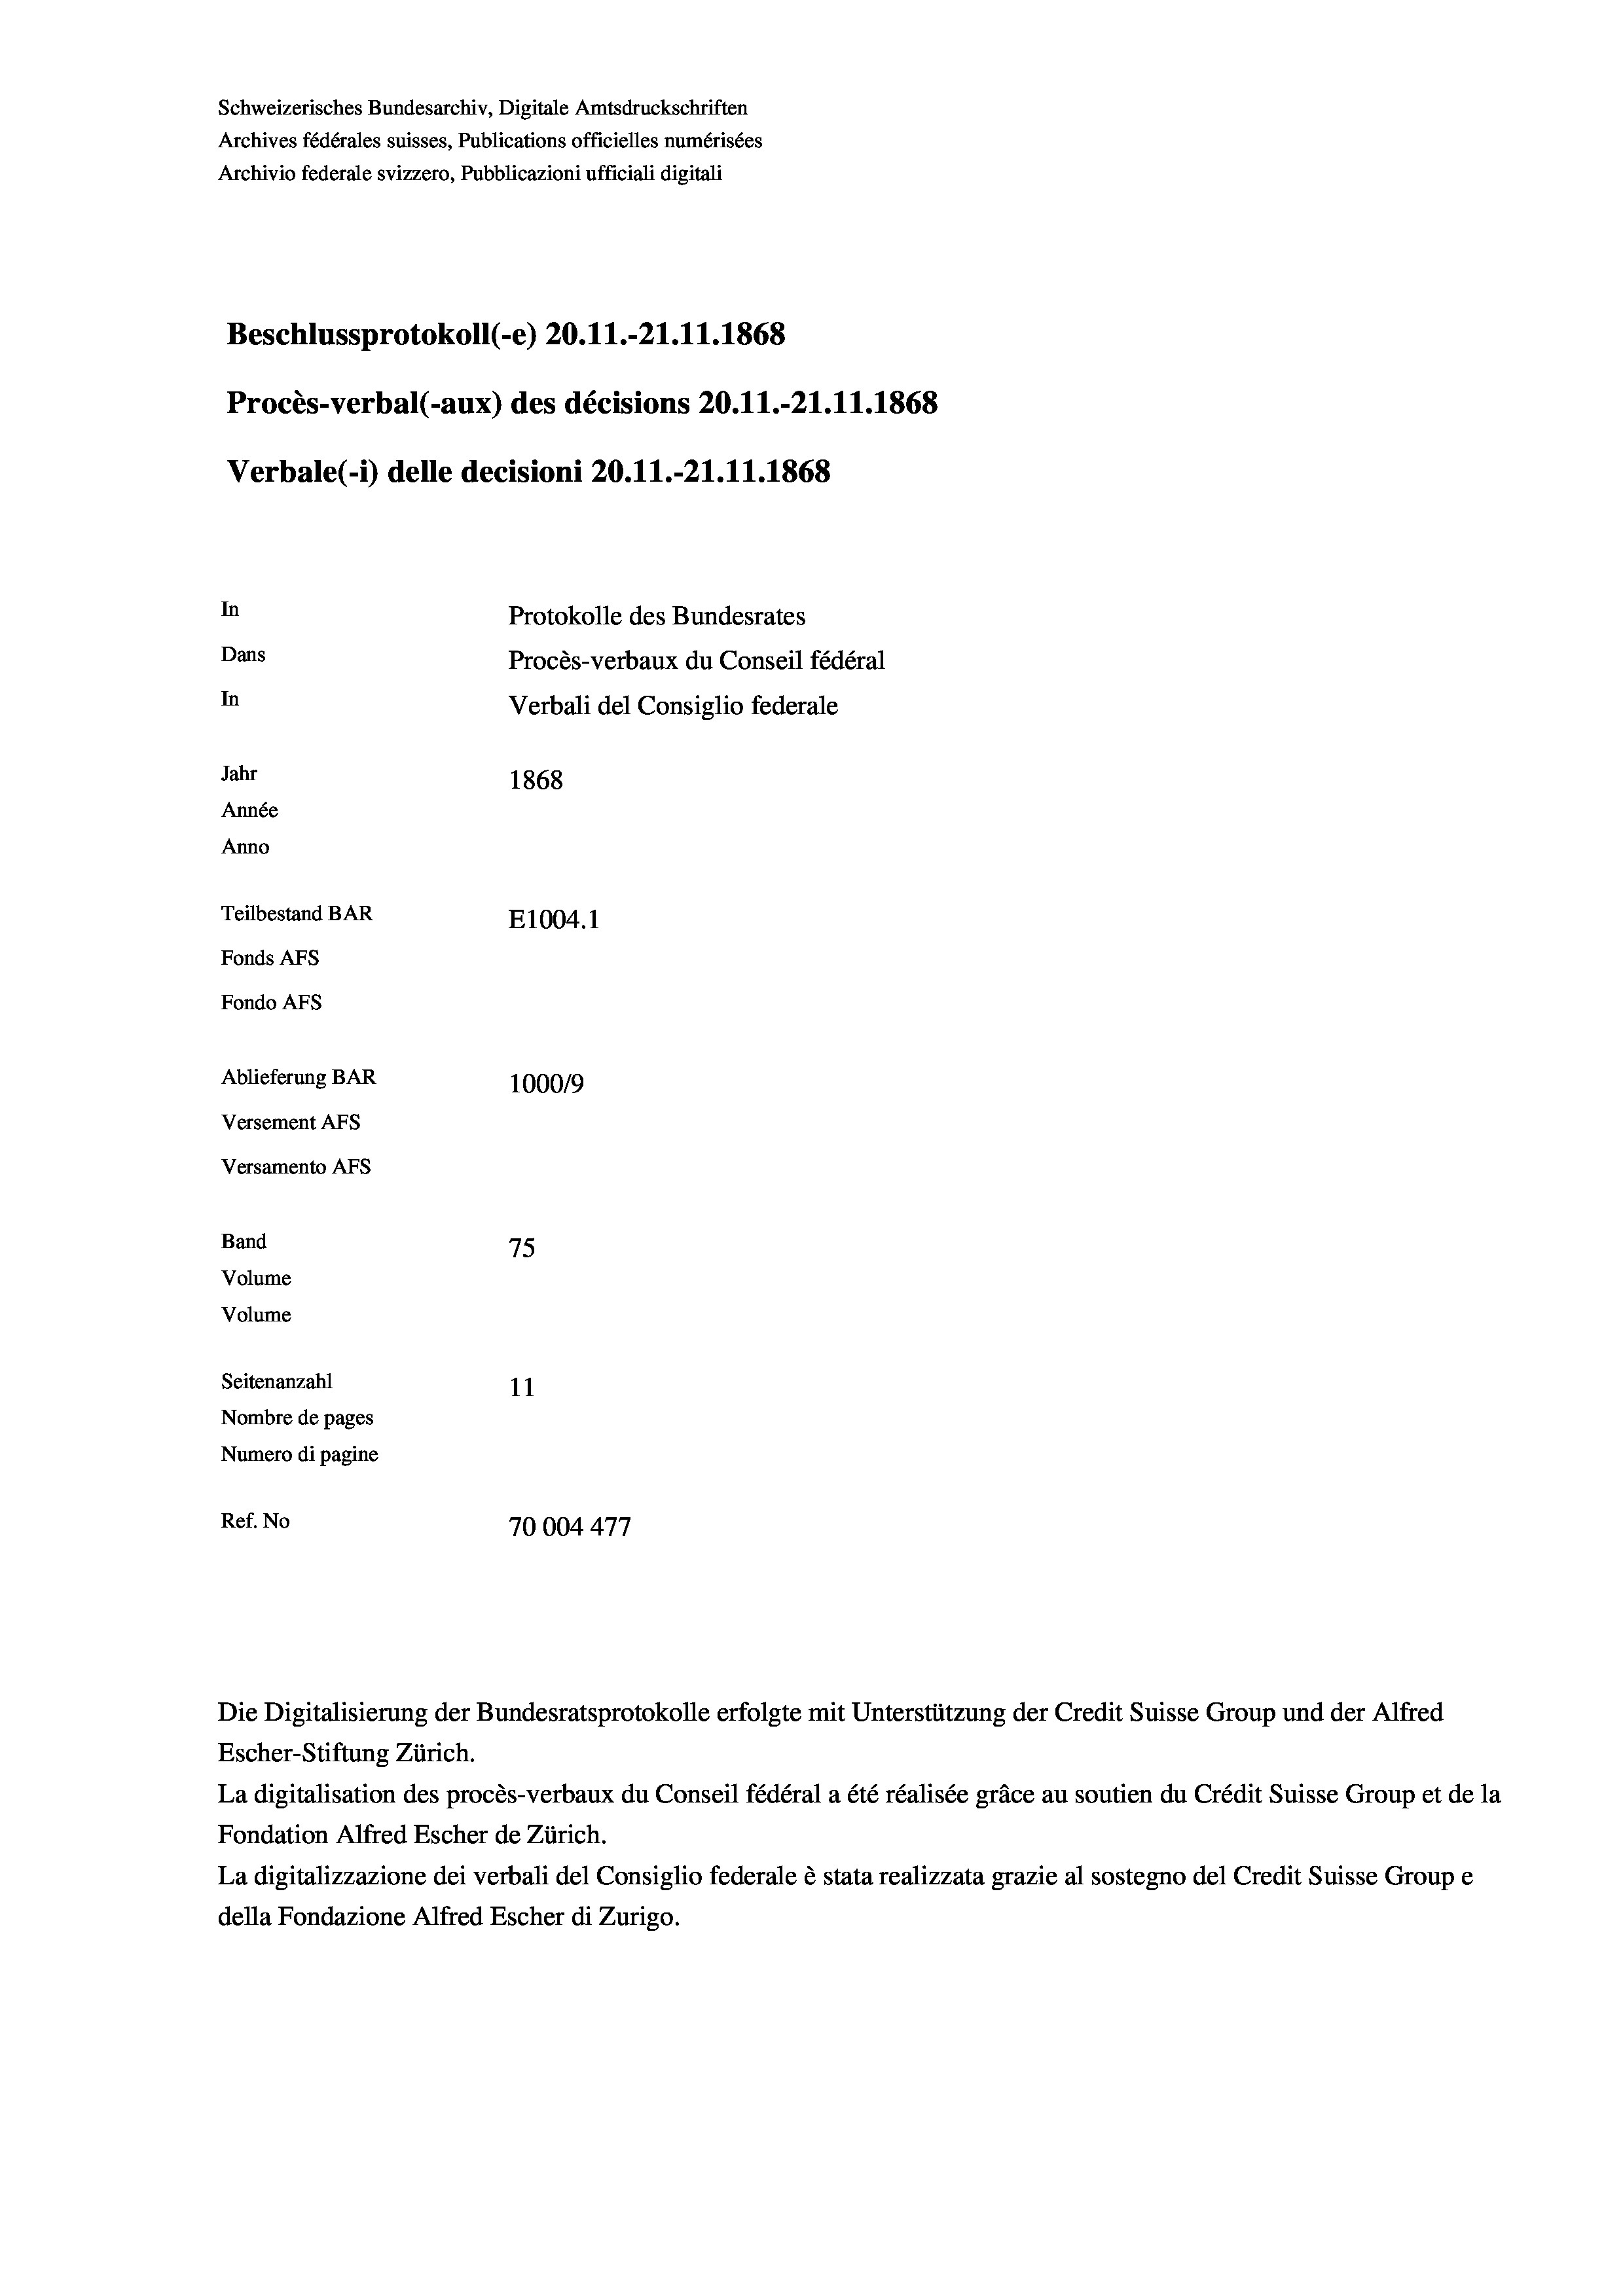
Schweizerisches Bundesarchiv, Digitale Amtsdruckschriften
Archives fédérales suisses, Publications officielles numérisées
Archivio federale svizzero, Pubblicazioni ufficiali digitali
Beschlussprotokoll (-e) 20.11.-21.11.1868
Procès-verbal (-aux) des décisions 20.11.-21.11.1868
Verbale (1) delle decisioni 20.11.-21.11.1868
In
Protokolle des Bundesrates
Dans
Procès-verbaux du Conseil fédéral
In
Verbali del Consiglio federale
Jahr
1868
Année
Anno
Teilbestand BAR
E1004. 1
Fonds AFs
Fondo AFS
Ablieferung BAR
100019
Versement AFs
Versamento AFs
Band
75
Volume
Volume

11
Nombre de pages
Numero di pagine
Ref. No
70004477

Seitenanzahl

Die Digitalisierung der Bundesratsprotokolle erfolgte mit Unterstützung der Credit Suisse Group und der Alfred
Escher-Stiftung Zürich.
La digitalisation des procès-verbaux du Conseil fédéral a été réalisée gräce au soutien du Crédit Suisse Group et de la
Fondation Alfred Escher de Zürich.
La digitalizzazione dei verbali del Consiglio federale è stata realizzata grazie al sostegno del Credit Suisse Groupe
della Fondazione Alfred Escher di Zurigo.